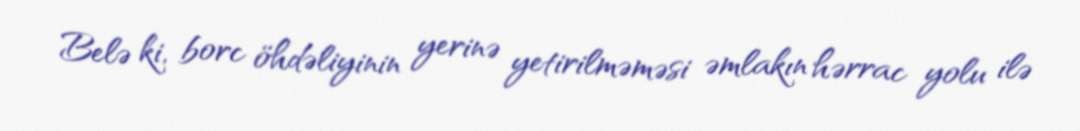
Belə ki, borc öhdəliyinin yerinə yetirilməməsi əmlakın hərrac yolu ilə